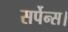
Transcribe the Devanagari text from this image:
सर्पेन्स।